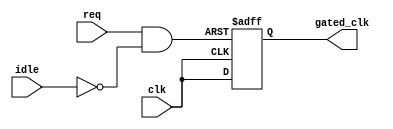
module clock_gating_control (
    input wire clk,           // Primary clock signal
    input wire req,           // Memory request signal (read/write)
    input wire idle,          // Idle signal indicating memory is not in use
    output wire gated_clk     // Gated clock output
);

    // Enable signal generation logic
    wire enable;
    
    // Enable is asserted when there is a request and not idle
    assign enable = req & ~idle;

    // Clock gating cell
    // Gated clock follows primary clock when enabled, otherwise it is held low
    reg gated_clk_reg;
    always @(posedge clk or negedge enable) begin
        if (!enable) begin
            gated_clk_reg <= 1'b0; // Hold low when not enabled
        end else begin
            gated_clk_reg <= clk;   // Follow the primary clock when enabled
        end
    end

    assign gated_clk = gated_clk_reg;

endmodule